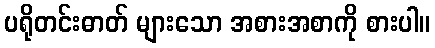
ပရိုတင်းဓာတ် များသော အစားအစာကို စားပါ။